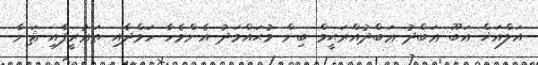
އަލްއަޚް އަބޫ ޢަބްދު ޢަބްދުއްރަޙީމް ބިން މުޙައްމަދު އެންމެހާ ހަމްދާއި ތަޢުރީފާއި ޘަނާ